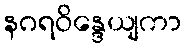
နဂရဝိန္ဒေယျကာ